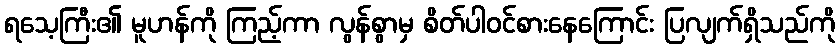
ရသေ့ကြီး၏ မူဟန်ကို ကြည့်ကာ လွန်စွာမှ စိတ်ပါဝင်စားနေကြောင်း ပြလျက်ရှိသည်ကို